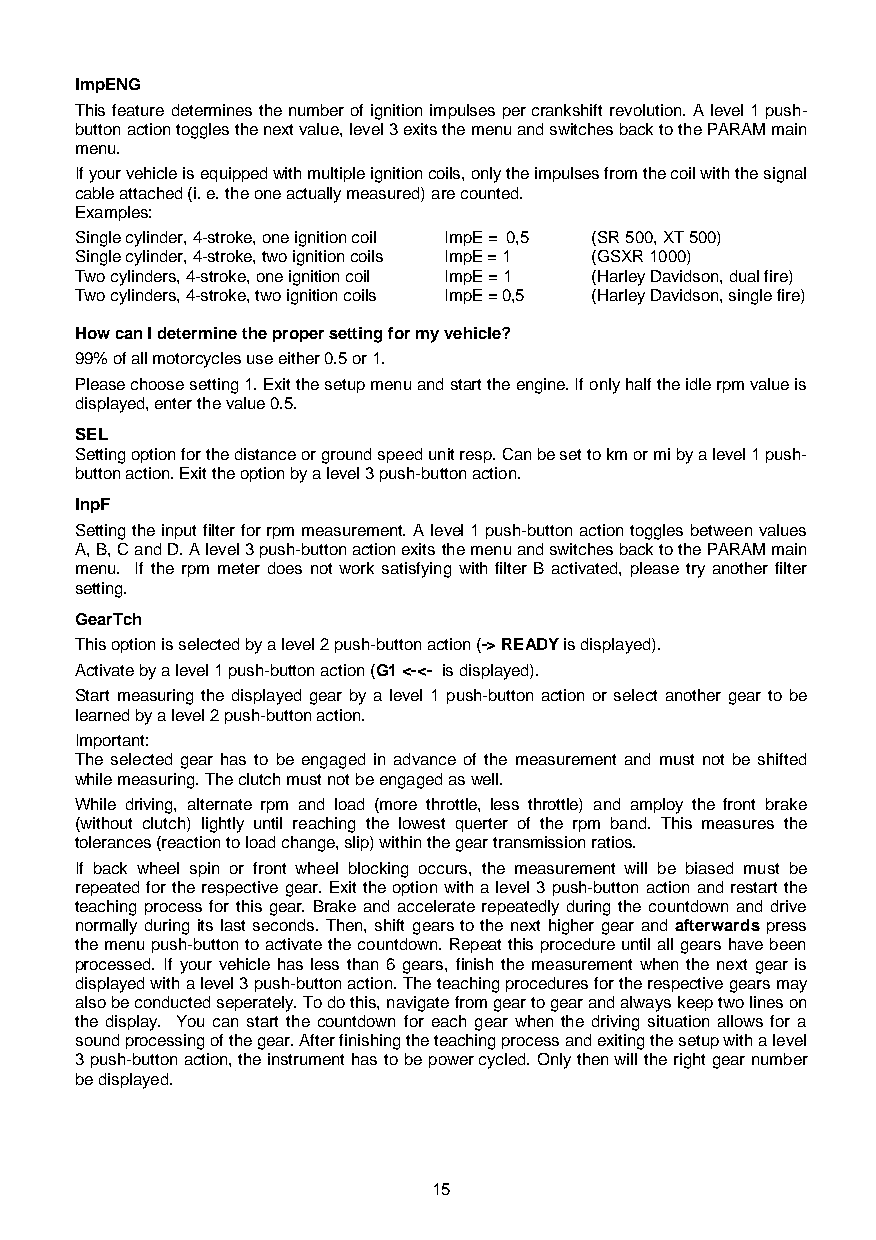
ImpENG
 This feature determines the number of ignition impulses per crankshift revolution. A level 1 push-
 button action toggles the next value, level 3 exits the menu and switches back to the PARAM main
 menu.
 If your vehicle is equipped with multiple ignition coils, only the impulses from the coil with the signal
 cable attached (i. e. the one actually measured) are counted.
 Examples:
 Single cylinder, 4-stroke, one ignition coil ImpE = 0,5 (SR 500, XT 500)
 Single cylinder, 4-stroke, two ignition coils ImpE = 1 (GSXR 1000)
 Two cylinders, 4-stroke, one ignition coil ImpE = 1 (Harley Davidson, dual fire)
 Two cylinders, 4-stroke, two ignition coils ImpE = 0,5 (Harley Davidson, single fire)
 How can I determine the proper setting for my vehicle?
 99% of all motorcycles use either 0.5 or 1.
 Please choose setting 1. Exit the setup menu and start the engine. If only half the idle rpm value is
 displayed, enter the value 0.5.
 SEL
 Setting option for the distance or ground speed unit resp. Can be set to km or mi by a level 1 push-
 button action. Exit the option by a level 3 push-button action.
 InpF
 Setting the input filter for rpm measurement. A level 1 push-button action toggles between values
 A, B, C and D. A level 3 push-button action exits the menu and switches back to the PARAM main
 menu. If the rpm meter does not work satisfying with filter B activated, please try another filter
 setting.
 GearTch
 This option is selected by a level 2 push-button action (-> READY is displayed).
 Activate by a level 1 push-button action (G1 <-<- is displayed).
 Start measuring the displayed gear by a level 1 push-button action or select another gear to be
 learned by a level 2 push-button action.
 Important:
 The selected gear has to be engaged in advance of the measurement and must not be shifted
 while measuring. The clutch must not be engaged as well.
 While driving, alternate rpm and load (more throttle, less throttle) and amploy the front brake
 (without clutch) lightly until reaching the lowest querter of the rpm band. This measures the
 tolerances (reaction to load change, slip) within the gear transmission ratios.
 If back wheel spin or front wheel blocking occurs, the measurement will be biased must be
 repeated for the respective gear. Exit the option with a level 3 push-button action and restart the
 teaching process for this gear. Brake and accelerate repeatedly during the countdown and drive
 normally during its last seconds. Then, shift gears to the next higher gear and afterwards press
 the menu push-button to activate the countdown. Repeat this procedure until all gears have been
 processed. If your vehicle has less than 6 gears, finish the measurement when the next gear is
 displayed with a level 3 push-button action. The teaching procedures for the respective gears may
 also be conducted seperately. To do this, navigate from gear to gear and always keep two lines on
 the display. You can start the countdown for each gear when the driving situation allows for a
 sound processing of the gear. After finishing the teaching process and exiting the setup with a level
 3 push-button action, the instrument has to be power cycled. Only then will the right gear number
 be displayed.
 15